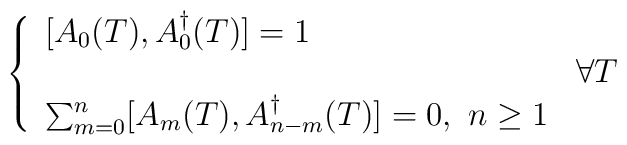
\left\{ \begin{array}{ll}\displaystyle [A_{0}(T),A^{\dag }_{0}(T)]=1 & \\ & \forall T\\\sum _{m=0}^{n}[A_{m}(T),A^{\dag }_{n-m}(T)]=0,\, \, n\geq 1 & \end{array}\right.